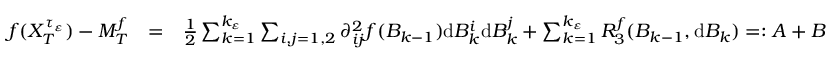
\begin{array} { r l r } { f ( X _ { T } ^ { \tau _ { \varepsilon } } ) - M _ { T } ^ { f } } & { = } & { \frac { 1 } { 2 } \sum _ { k = 1 } ^ { k _ { \varepsilon } } \sum _ { i , j = 1 , 2 } \partial _ { i j } ^ { 2 } f ( B _ { k - 1 } ) \mathrm { d } B _ { k } ^ { i } \mathrm { d } B _ { k } ^ { j } + \sum _ { k = 1 } ^ { k _ { \varepsilon } } R _ { 3 } ^ { f } ( B _ { k - 1 } , \mathrm { d } B _ { k } ) = : A + B } \end{array}